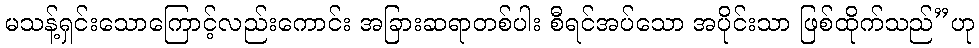
မသန့်ရှင်းသောကြောင့်လည်းကောင်း အခြားဆရာတစ်ပါး စီရင်အပ်သော အပိုင်းသာ ဖြစ်ထိုက်သည်”ဟု